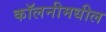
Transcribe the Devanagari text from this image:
कॉलनीमधील